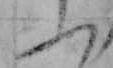
ふ